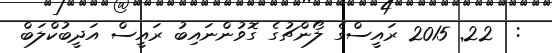
:  22